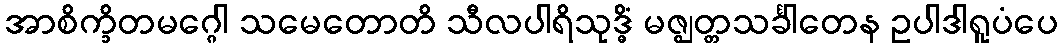
အာစိက္ခိတမဂ္ဂေါ သမေတောတိ သီလပါရိသုဒ္ဓိံ မဇ္ဈတ္တသင်္ခါတေန ဥပါဒါရူပံပေ